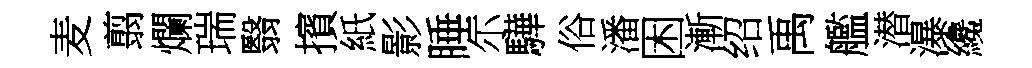
麦翦爛瑞翳擯紙影睡尓驊俗潘困漸绍禹艦潜瀑纔